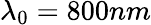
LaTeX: \lambda_{0}=800nm